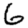
Digit: 6